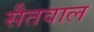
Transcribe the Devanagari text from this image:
सैतवाल